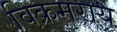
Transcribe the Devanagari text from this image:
विक्रमराय